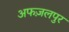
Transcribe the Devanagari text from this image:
अफज़लपुर